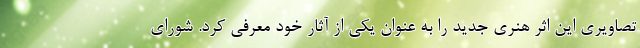
تصاویری این اثر هنری جدید را به عنوان یکی از آثار خود معرفی کرد. شورای